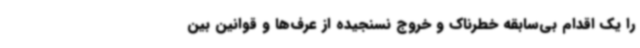
را یک اقدام بی‌سابقه خطرناک و خروج نسنجیده از عرف‌ها و قوانین بین